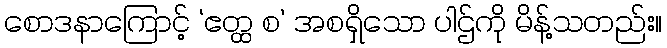
စောဒနာကြောင့် ‘ဧတ္ထ စ’ အစရှိသော ပါဌ်ကို မိန့်သတည်း။